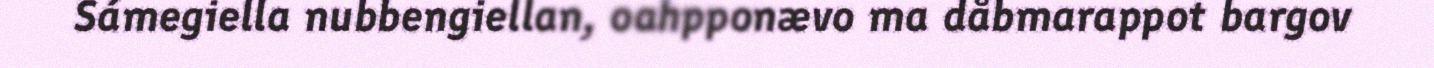
Sámegiella nubbengiellan, oahpponævo ma dåbmarappot bargov